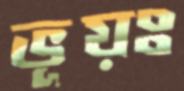
ভূয়ঃ